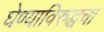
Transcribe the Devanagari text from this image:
घेण्याविरुद्धचा